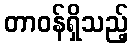
တာဝန်ရှိသည့်